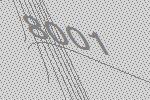
8001